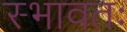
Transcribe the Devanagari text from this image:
स्भावतः